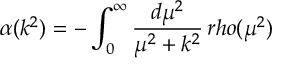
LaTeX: \alpha ( k ^ { 2 } ) = - \int _ { 0 } ^ { \infty } { \frac { d \mu ^ { 2 } } { \mu ^ { 2 } + k ^ { 2 } } } \, r h o ( \mu ^ { 2 } )